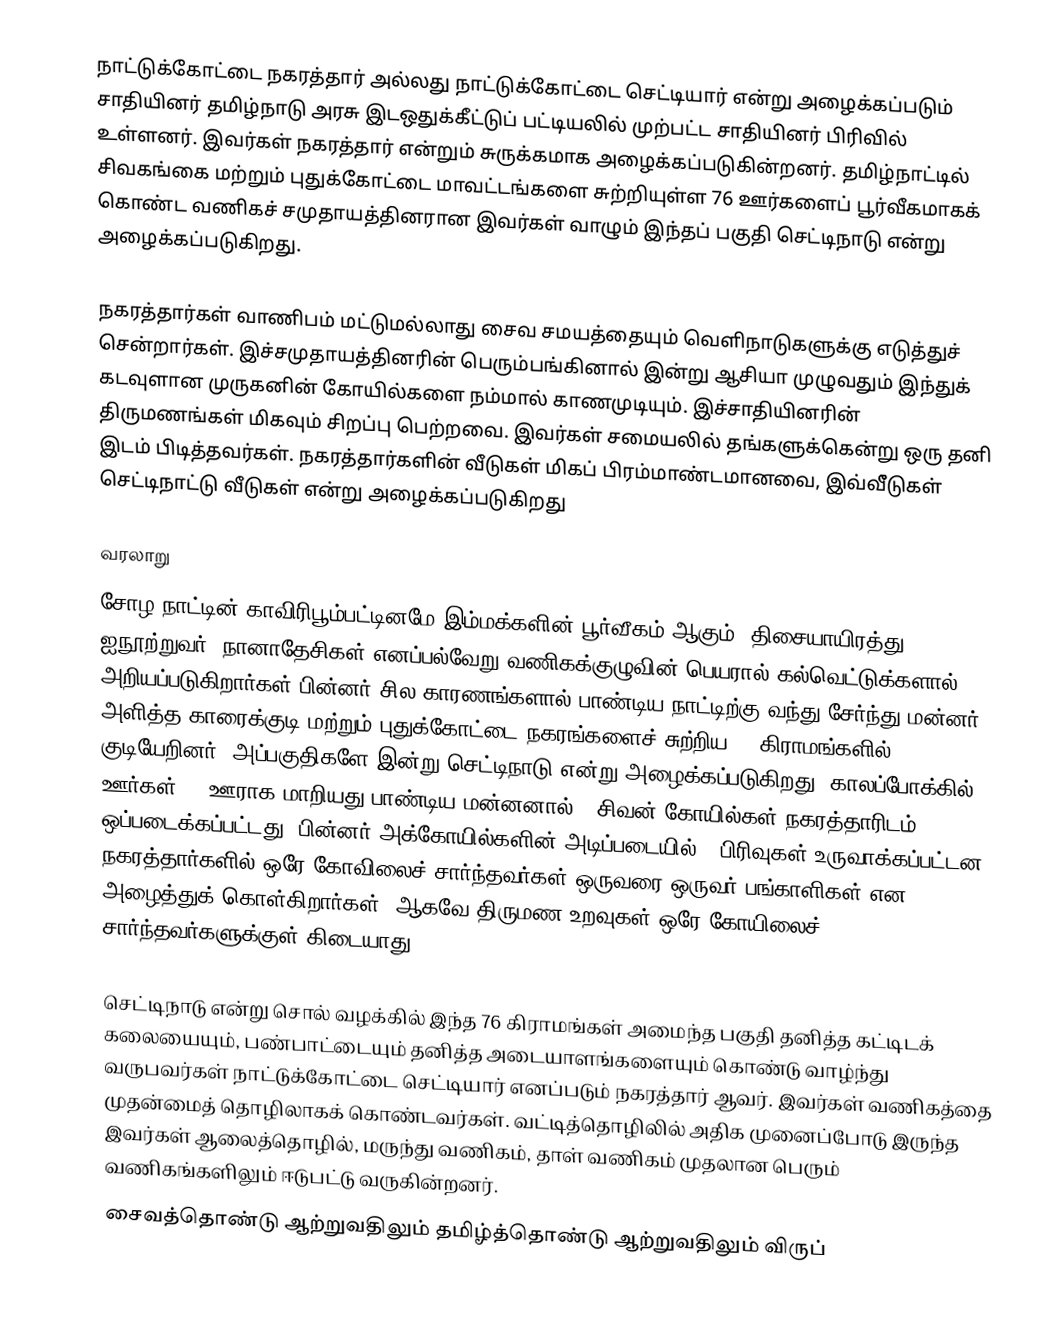
நாட்டுக்கோட்டை நகரத்தார் அல்லது நாட்டுக்கோட்டை செட்டியார் என்று அழைக்கப்படும் சாதியினர் தமிழ்நாடு அரசு இடஒதுக்கீட்டுப் பட்டியலில் முற்பட்ட சாதியினர் பிரிவில் உள்ளனர். இவர்கள் நகரத்தார் என்றும் சுருக்கமாக  அழைக்கப்படுகின்றனர். தமிழ்நாட்டில் சிவகங்கை மற்றும் புதுக்கோட்டை மாவட்டங்களை சுற்றியுள்ள 76 ஊர்களைப் பூர்வீகமாகக் கொண்ட வணிகச் சமுதாயத்தினரான இவர்கள் வாழும் இந்தப் பகுதி செட்டிநாடு என்று அழைக்கப்படுகிறது.

நகரத்தார்கள் வாணிபம் மட்டுமல்லாது சைவ சமயத்தையும்  வெளிநாடுகளுக்கு எடுத்துச் சென்றார்கள். இச்சமுதாயத்தினரின் பெரும்பங்கினால் இன்று ஆசியா முழுவதும் இந்துக் கடவுளான முருகனின் கோயில்களை நம்மால் காணமுடியும். இச்சாதியினரின் திருமணங்கள் மிகவும் சிறப்பு பெற்றவை. இவர்கள் சமையலில் தங்களுக்கென்று ஒரு தனி இடம் பிடித்தவர்கள். நகரத்தார்களின் வீடுகள் மிகப் பிரம்மாண்டமானவை, இவ்வீீீடுகள் செட்டிநாட்டு வீடுகள் என்று அழைக்கப்படுகிறது

வரலாறு
சோழ நாட்டின் காவிரிபூம்பட்டினமே இம்மக்களின் பூர்வீகம் ஆகும். திசையாயிரத்து ஐநூற்றுவர், நானாதேசிகள் எனப்பல்வேறு வணிகக்குழுவின் பெயரால் கல்வெட்டுக்களால் அறியப்படுகிறார்கள் பின்னர் சில காரணங்களால் பாண்டிய நாட்டிற்கு வந்து சேர்ந்து மன்னர் அளித்த காரைக்குடி மற்றும் புதுக்கோட்டை நகரங்களைச் சுற்றிய 96 கிராமங்களில் குடியேறினர். அப்பகுதிகளே இன்று செட்டிநாடு என்று அழைக்கப்படுகிறது. காலப்போக்கில் 96 ஊர்கள் 76 ஊராக மாறியது பாண்டிய மன்னனால் 9 சிவன் கோயில்கள் நகரத்தாரிடம் ஒப்படைக்கப்பட்டது. பின்னர் அக்கோயில்களின் அடிப்படையில் 9 பிரிவுகள் உருவாக்கப்பட்டன. நகரத்தார்களில் ஒரே கோவிலைச் சார்ந்தவர்கள் ஒருவரை ஒருவர் பங்காளிகள் என அழைத்துக் கொள்கிறார்கள். ஆகவே திருமண உறவுகள் ஒரே கோயிலைச் சார்ந்தவர்களுக்குள் கிடையாது.

செட்டிநாடு என்று சொல் வழக்கில் இந்த 76 கிராமங்கள் அமைந்த பகுதி தனித்த கட்டிடக் கலையையும், பண்பாட்டையும் தனித்த அடையாளங்களையும் கொண்டு வாழ்ந்து வருபவர்கள் நாட்டுக்கோட்டை செட்டியார் எனப்படும் நகரத்தார் ஆவர். இவர்கள் வணிகத்தை முதன்மைத் தொழிலாகக் கொண்டவர்கள். வட்டித்தொழிலில் அதிக முனைப்போடு இருந்த இவர்கள் ஆலைத்தொழில், மருந்து வணிகம், தாள் வணிகம் முதலான பெரும் வணிகங்களிலும் ஈடுபட்டு வருகின்றனர்.
சைவத்தொண்டு ஆற்றுவதிலும் தமிழ்த்தொண்டு ஆற்றுவதிலும் விருப்